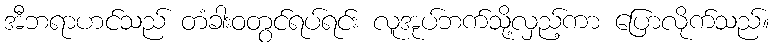
အီဘရာဟင်သည် တံခါးဝတွင်ရပ်ရင်း လူအုပ်ဘက်သို့လှည့်ကာ ပြောလိုက်သည်။